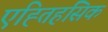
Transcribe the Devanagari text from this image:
एह्तिहसिक